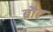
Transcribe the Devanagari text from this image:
ब्रौट